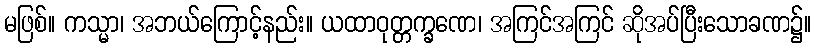
မဖြစ်။ ကသ္မာ၊ အဘယ်ကြောင့်နည်း။ ယထာဝုတ္တက္ခဏေ၊ အကြင်အကြင် ဆိုအပ်ပြီးသောခဏ၌။